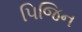
પિજિન